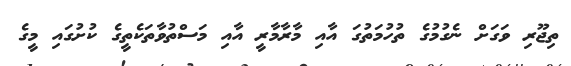
ތިޖޫރި ވަގަށް ނެގުމުގެ ތުހުމަތުގަ އާއި މާރާމާރީ އާއި މަސްތުވާތަކެތީގެ ކުށުގައި މީގެ